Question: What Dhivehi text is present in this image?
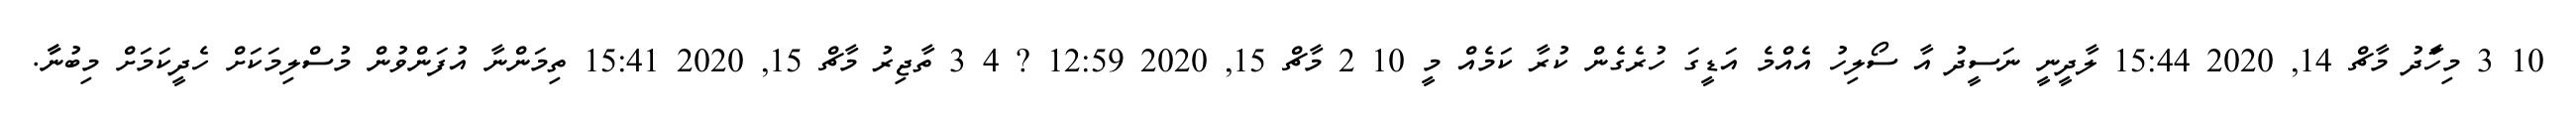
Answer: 10 3 މިހަަާދު މާޗް 14, 2020 15:44 ލާދީނީ ނަސީދު އާ ސޯލިހު އެއްމެ އަޑީގަ ހުރެގެން ކުރާ ކަމެއް މީ 10 2 މާޗް 15, 2020 12:59 ? 4 3 ތާޖިރު މާޗް 15, 2020 15:41 ތިމަންނާ އުފަންވުން މުސްލިމަކަށް ހެދީކަމަށް މިބުނާާ.